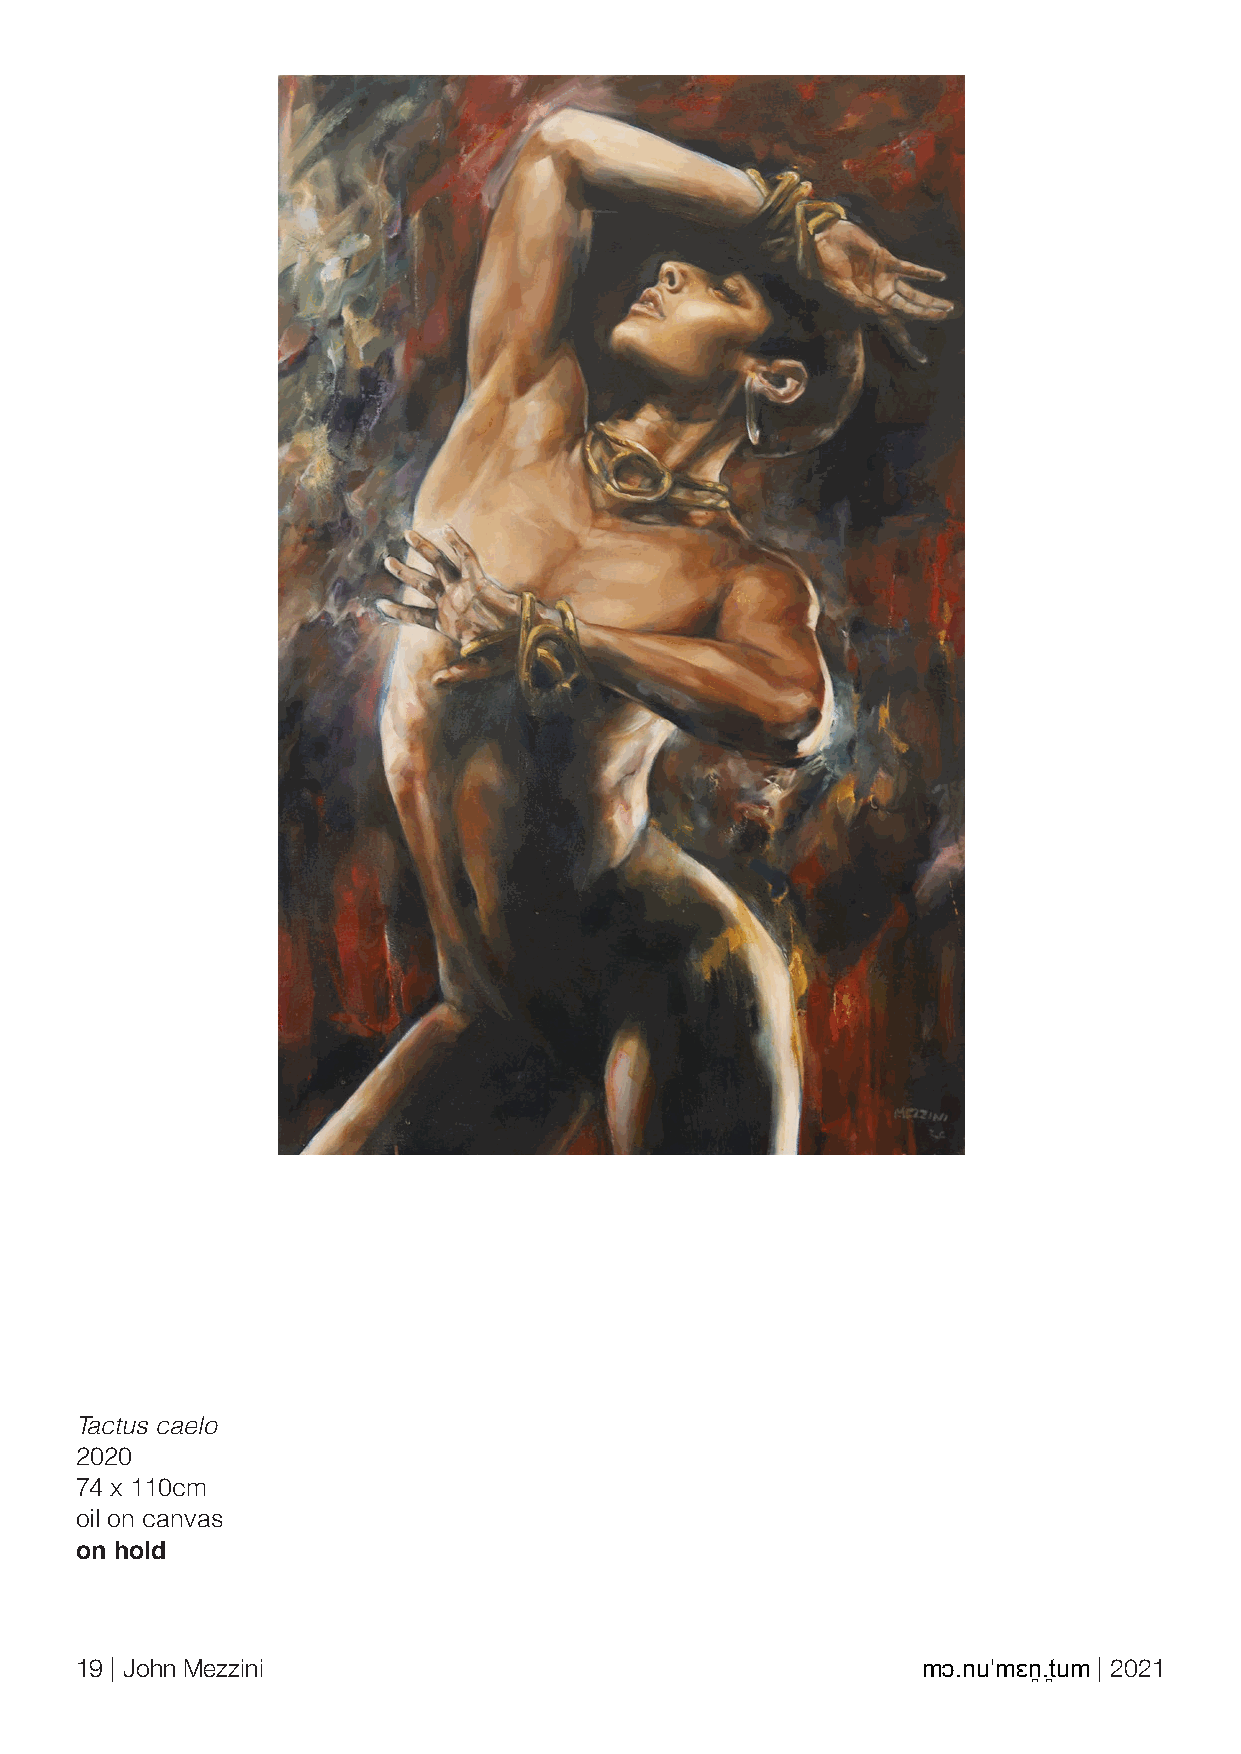
Tactus caelo
 2020
 74 x 110cm
 oil on canvas
 on hold
 19 | John Mezzini                                       mɔ.nuˈmɛn̪.t̪um | 2021